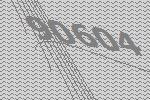
90604